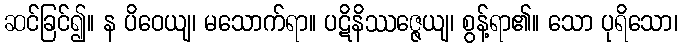
ဆင်ခြင်၍။ န ပိဝေယျ၊ မသောက်ရာ။ ပဋိနိဿဇ္ဇေယျ၊ စွန့်ရာ၏။ သော ပုရိသော၊